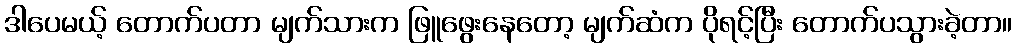
ဒါပေမယ့် တောက်ပတာ မျက်သားက ဖြူဖွေးနေတော့ မျက်ဆံက ပိုရင့်ပြီး တောက်ပသွားခဲ့တာ။